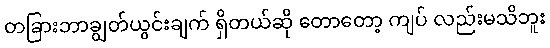
တခြားဘာချွတ်ယွင်းချက် ရှိတယ်ဆို တောတော့ ကျပ် လည်းမသိဘူး